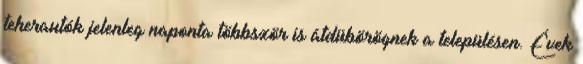
teherautók jelenleg naponta többször is átdübörögnek a településen. Évek